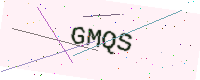
Text: GMQS